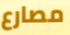
مصارع